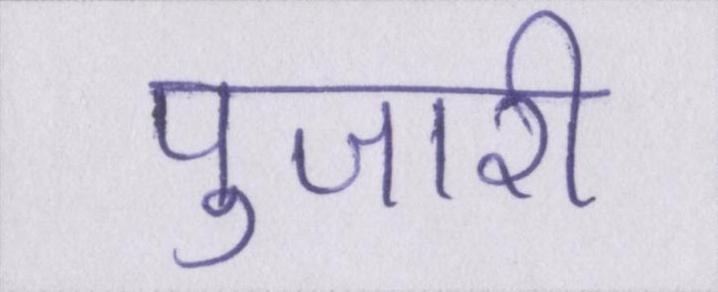
पुजारी